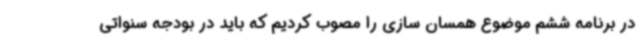
در برنامه ششم موضوع همسان سازی را مصوب کردیم که باید در بودجه سنواتی